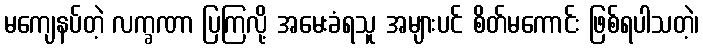
မကျေနပ်တဲ့ လက္ခဏာ ပြကြလို့ အမေးခံရသူ အများပင် စိတ်မကောင်း ဖြစ်ရပါသတဲ့၊